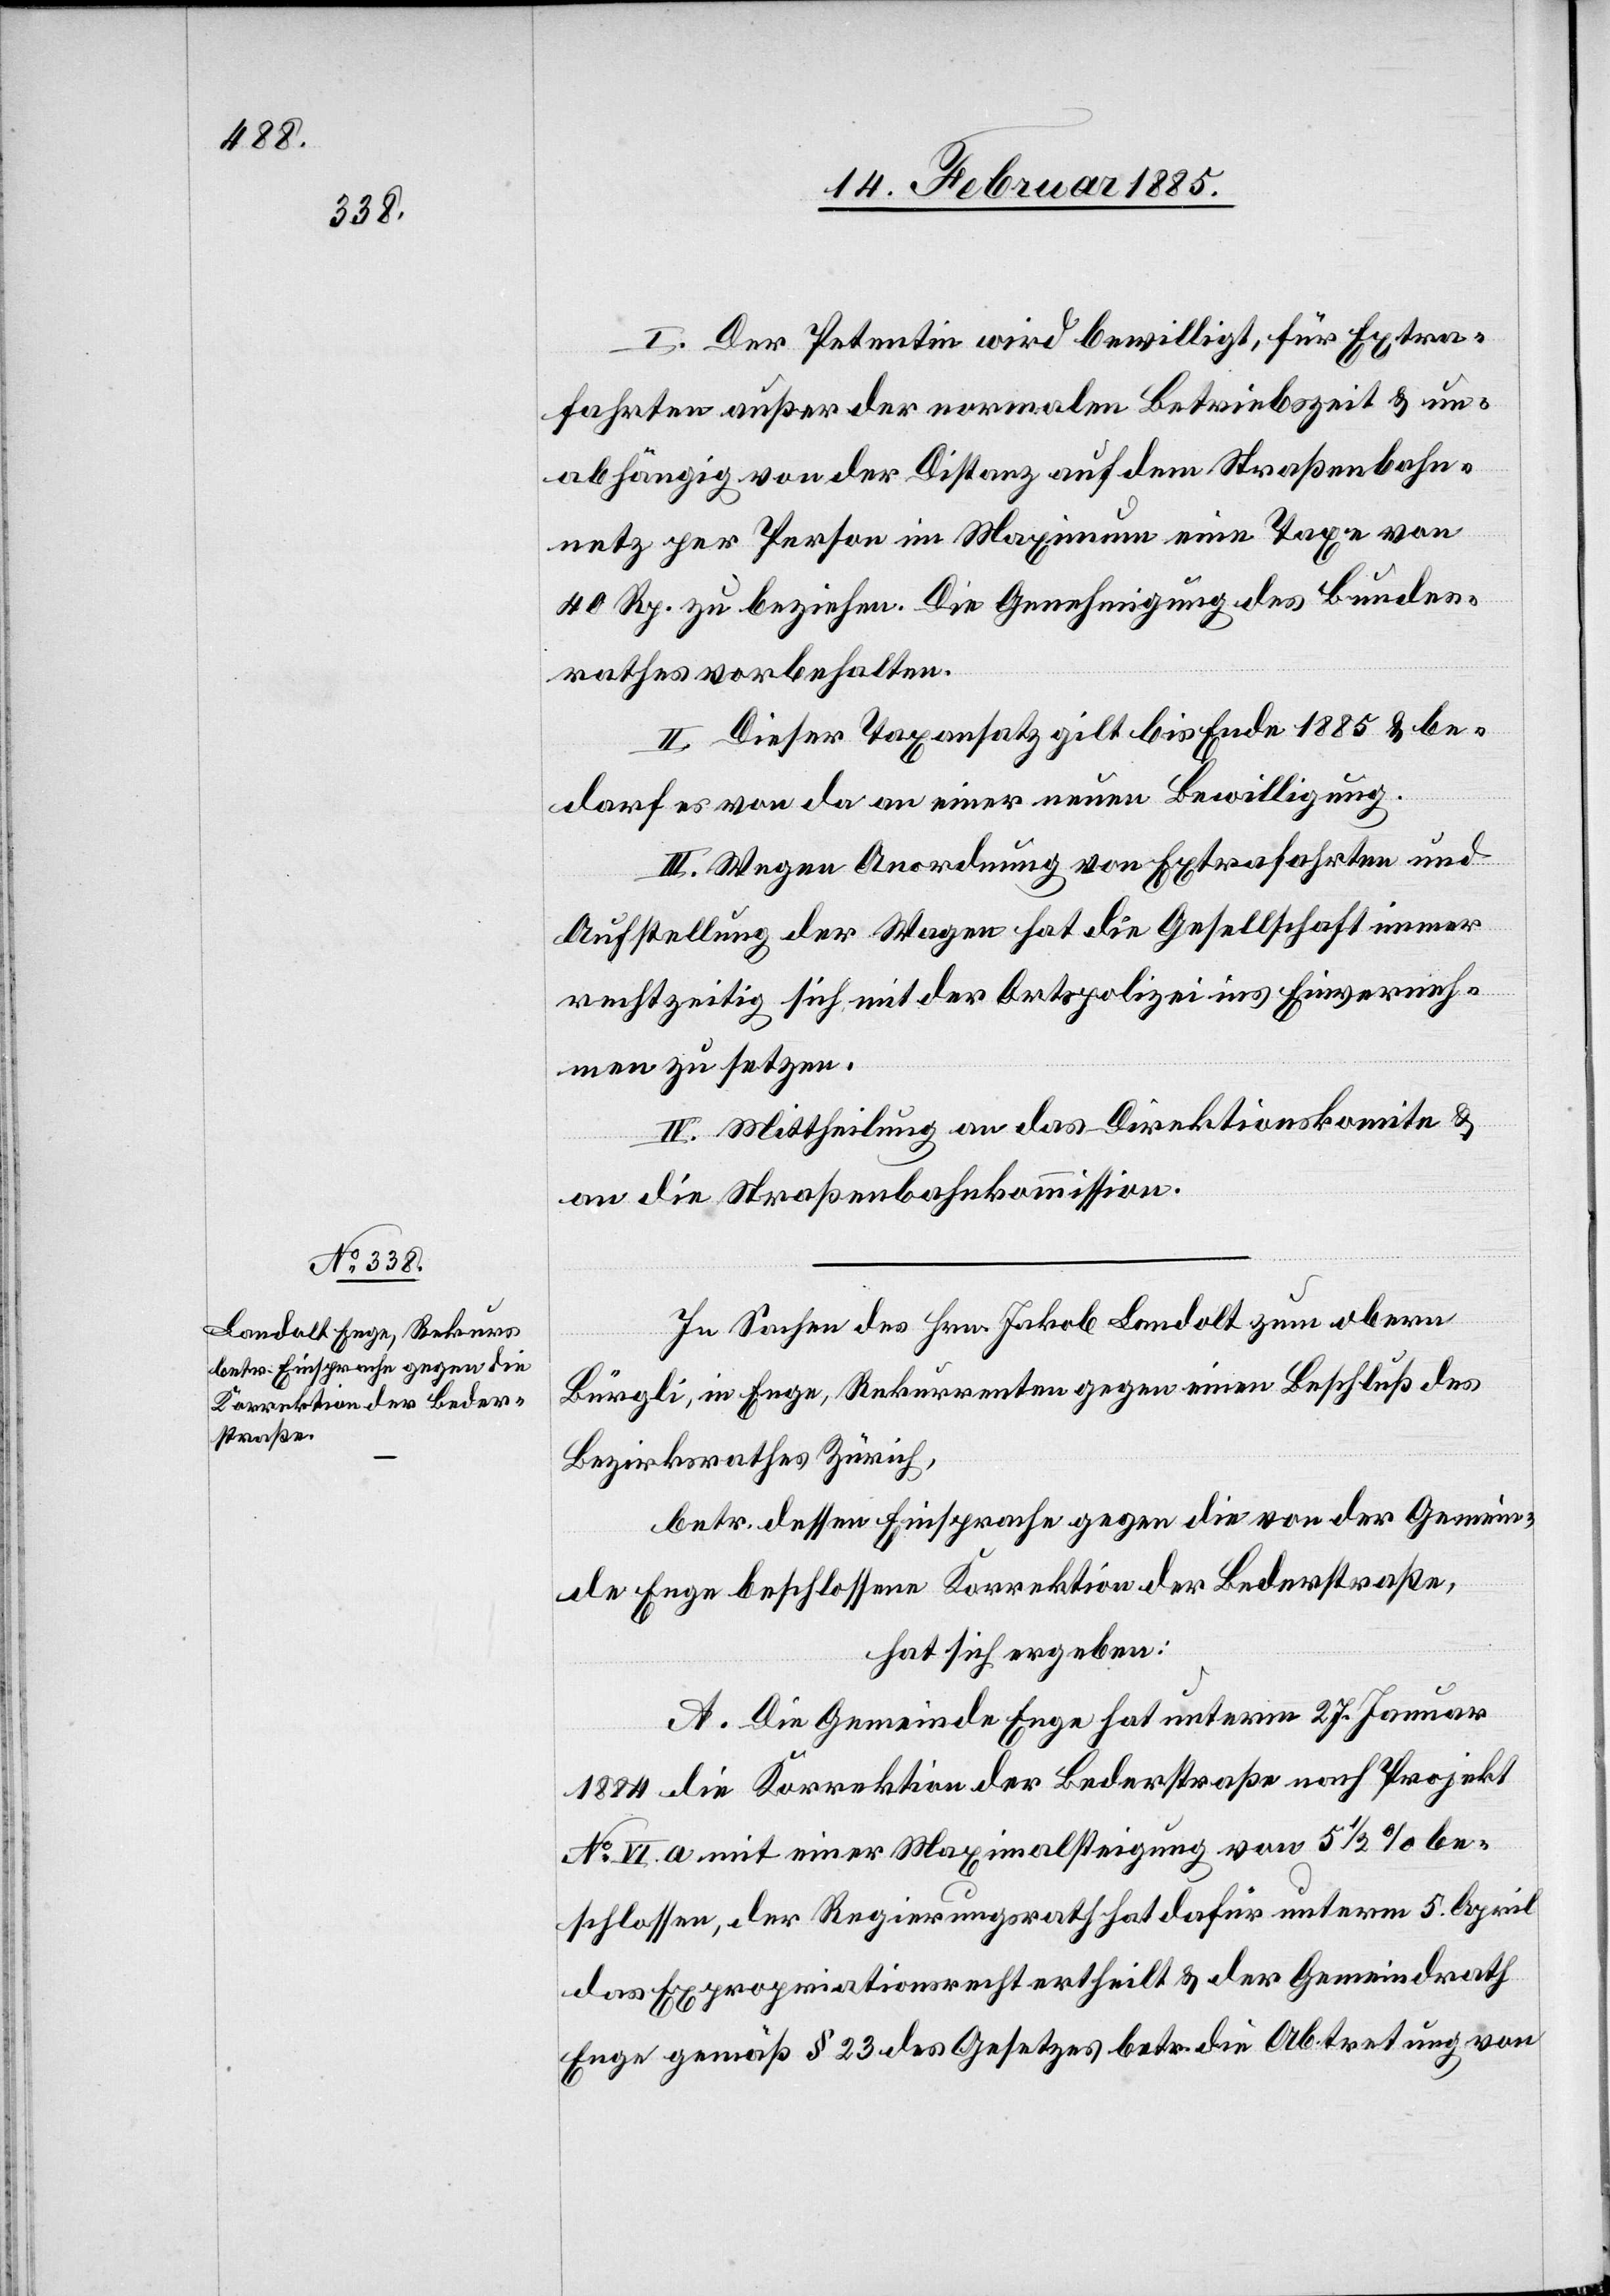
I. Der Petentin wird bewilligt, für Extra¬
fahrten außer der normalen Betriebszeit & un¬
abhängig von der Distanz auf dem Straßenbahn¬
netz per Person im Maximum eine Taxe von
40 Rp. zu beziehen. Die Genehmigung des Bundes¬
rathes vorbehalten.
II. Dieser Taxansatz gilt bis Ende 1885 & be¬
darf es von da an einer neuen Bewilligung.
III. Wegen Anordnung von Extrafahrten und
Aufstellung der Wagen hat die Gesellschaft immer
rechtzeitig sich mit der Ortspolizei ins Einverneh¬
men zu setzen.
IV. Mittheilung an das Direktionskomite &
an die Straßenbahnkommission.
In Sachen des Hrn. Jakob Landolt zum obern
Bürgli, in Enge, Rekurrenten gegen einen Beschluß des
Bezirksrathes Zürich,
betr. dessen Einsprache gegen die von der Gemein¬
de Enge beschlossene Korrektion der Bederstraße,
hat sich ergeben:
A. Die Gemeinde Enge hat unterm 27. Januar
1884 die Korrektion der Bederstraße nach Projekt
No VI a mit einer Maximalsteigung von 5 1/2% be¬
schlossen, der Regierungsrath hat dafür unterm 5. April
das Expropriationsrecht ertheilt & der Gemeindrath
Enge gemäß § 23 des Gesetzes betr. die Abtretung von